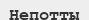
Непотты